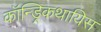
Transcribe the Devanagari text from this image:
कॉन्ड्रिकथायिस